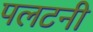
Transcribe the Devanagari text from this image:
पलटनी